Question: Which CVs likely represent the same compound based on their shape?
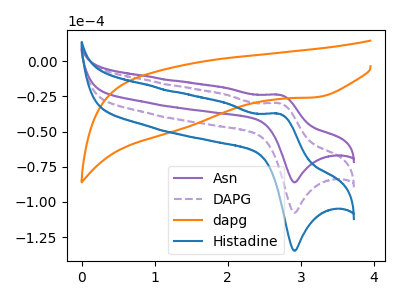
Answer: <think>The purple curve "Asn" has an anodic peak at (2.70V, -23.95uA) and a cathodic peak at (2.90V, -86.05uA). The purple dashed curve "DAPG" has an anodic peak at (2.70V, -30.00uA) and a cathodic peak at (2.90V, -107.65uA). The orange curve "dapg" has a cathodic peak at: (3.20V, -25.65uA). The blue curve "Histadine" has an anodic peak at (2.70V, -59.95uA) and a cathodic peak at (2.90V, -215.30uA).
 All the peaks in "Asn" have a peak in "DAPG" at the same potential. "Asn" and "dapg" have a different number of peaks. All the peaks in "Asn" have a peak in "Histadine" at the same potential. "DAPG" and "dapg" have a different number of peaks. All the peaks in "DAPG" have a peak in "Histadine" at the same potential. "dapg" and "Histadine" have a different number of peaks.</think>
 <answer>"Asn", "DAPG" and "Histadine" have the same shape and are likely CV's of the same chemical.</answer>
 <eval>"Asn" "DAPG" "Histadine"</eval>